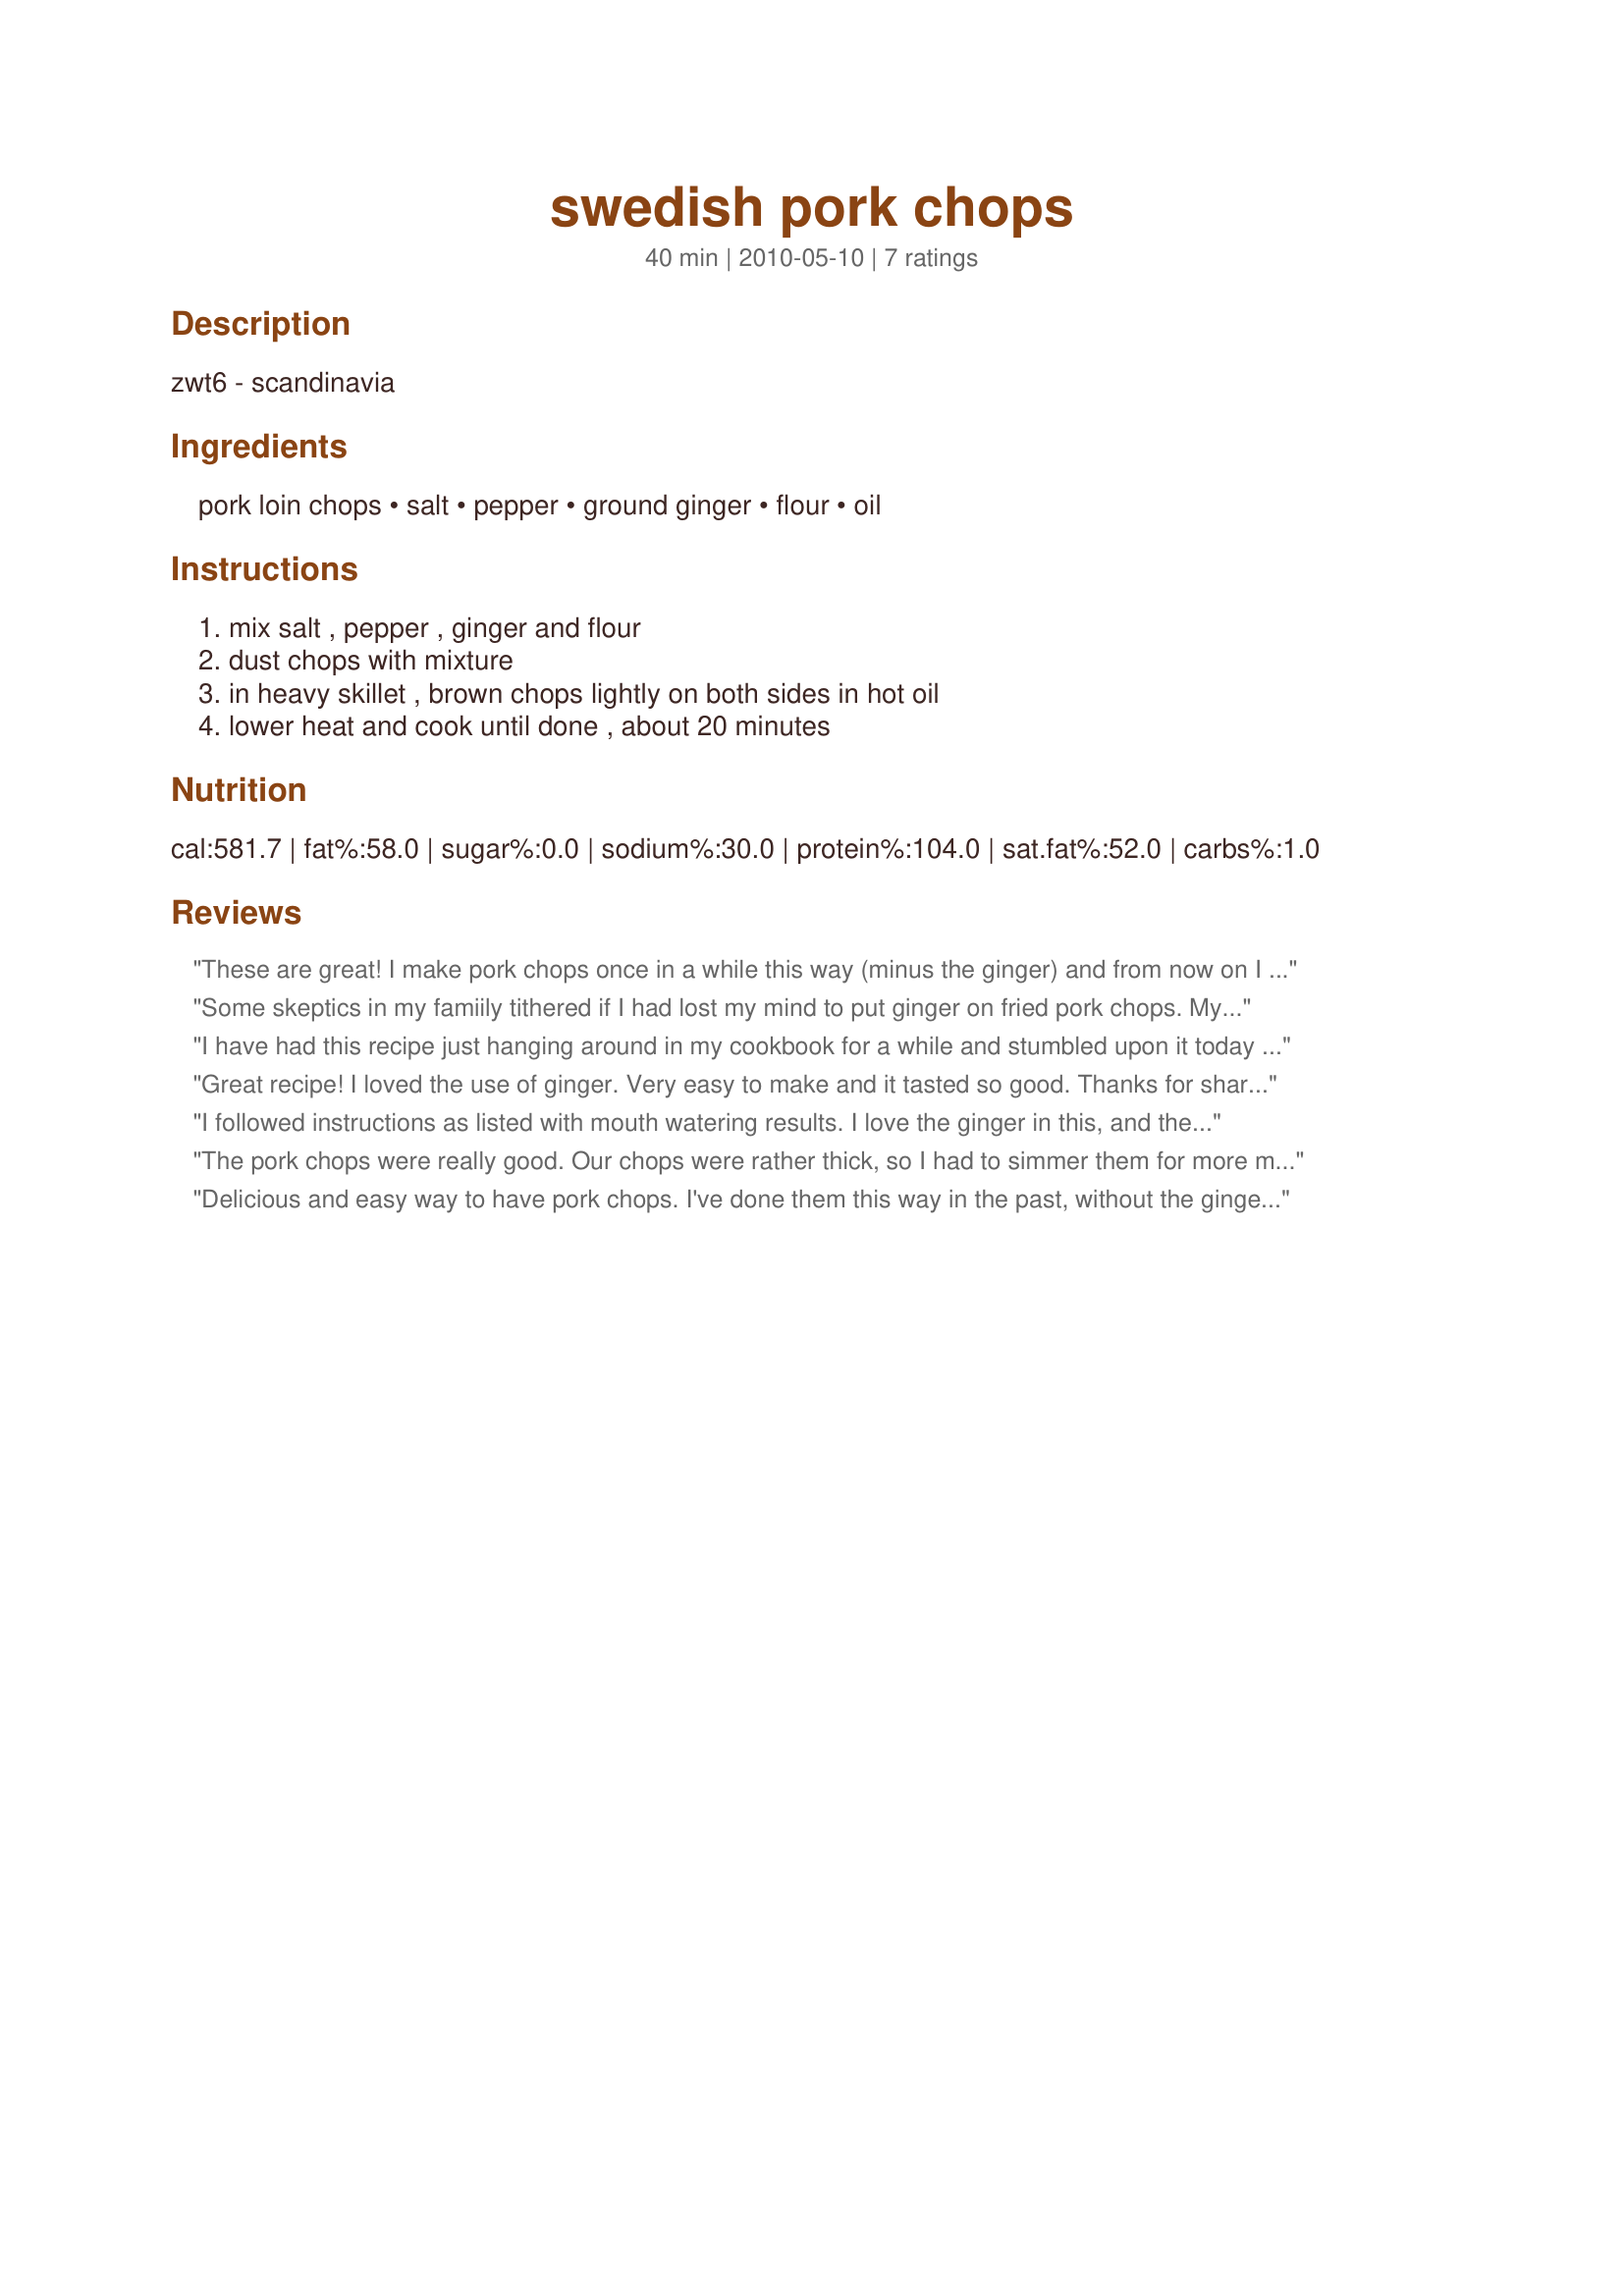
swedish pork chops
Preparation time: 40 minutes

zwt6 - scandinavia

Ingredients:
pork loin chops, salt, pepper, ground ginger, flour, oil

Steps:
mix salt , pepper , ginger and flour, dust chops with mixture, in heavy skillet , brown chops lightly on both sides in hot oil, lower heat and cook until done , about 20 minutes

Reviews:
These are great! I make pork chops once in a while this way (minus the ginger) and from now on I will add the ginger! The flour and seasonings give the chops a nice crust when they are browned. I never thought to add ginger (usually just in Asian or veggie dishes). Very flavorful and enjoyed. Made for ZWT6 Scandinavia.
Some skeptics in my famiily tithered if I had lost my mind to put ginger on fried pork chops. My husband hates when his wife is right, too.
I have had this recipe just hanging around in my cookbook for a while and stumbled upon it today when deciding what to do with the pork chops that were thawing. Pork is really starting to bore me so I needed a new recipe to try and we really liked how these tasted. The meat was moist and seasoned just right. The ginger was not at all overpowering and in fact added a nice flavour. Added bonus, it's a nice quick recipe for a weeknight meal. Thx for sharing this ElaineAnn, I will definitely make again.
Great recipe! I loved the use of ginger. Very easy to make and it tasted so good. Thanks for sharing. Made for ZWT 6.
I followed instructions as listed with mouth watering results. I love the ginger in this, and the breading is not to heavy. Very nice. Thanks for sharing your recipe. This was made for The Scandinavian Kitchen tag at KK's
The pork chops were really good. Our chops were rather thick, so I had to simmer them for more much more than 20 minutes. But that gave me plenty of time to tend to the side dishes. We all enjoyed the pork chops, and I especially enjoyed the fact that they were so simple to prepare. Thanks, ElaineAnn. Made for Zaar World Tour #6.
Delicious and easy way to have pork chops. I've done them this way in the past, without the ginger. I really liked the extra boost the ginger gave to the chops. I want to point out that the ginger did not overpower the taste of the pork, either. Great recipe. Thanks! (I used bone-in pork loin chops.)
